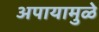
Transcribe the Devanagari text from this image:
अपायामुळे